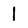
Character: l